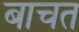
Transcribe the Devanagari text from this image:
बाचत